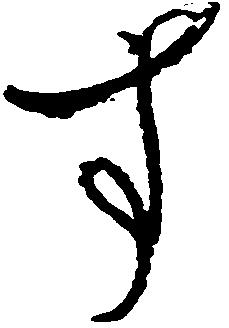
す